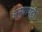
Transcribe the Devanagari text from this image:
अन्यायही